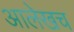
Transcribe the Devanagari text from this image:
आलेखच